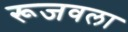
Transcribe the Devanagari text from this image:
रूजवला